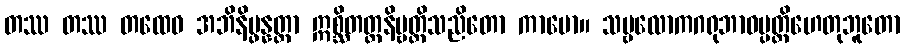
တဿ တဿ တထေဝ အဘိနိပ္ဖန္နတ္တာ ဣစ္ဆိတတ္ထနိဗ္ဗတ္တိသညိတော ကာမော။ သဗ္ဗလောကဂရုဘာဝပ္ပတ္တိဟေတုဘူတော